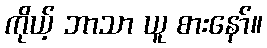
ကိုယ့် ဘာသာ ယူ စားနော်။